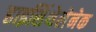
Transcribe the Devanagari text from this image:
हाइसिंथेलेनेक